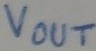
Text: Vout